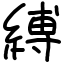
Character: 縛